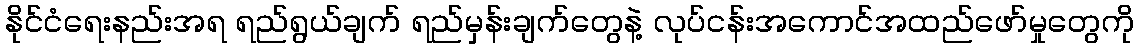
နိုင်ငံရေးနည်းအရ ရည်ရွယ်ချက် ရည်မှန်းချက်တွေနဲ့ လုပ်ငန်းအကောင်အထည်ဖော်မှုတွေကို